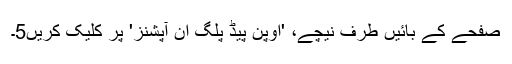
صفحے کے بائیں طرف نیچے، 'اوپن پیڈ پلگ ان آپشنز' پر کلیک کریں5۔